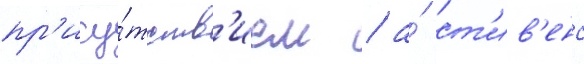
пр'ису́тств'ием / а́ ст'ив'енс